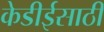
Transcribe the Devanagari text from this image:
केडीईसाठी